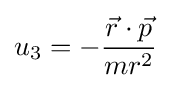
u_{3}=-{\frac {{\vec {r}}\cdot {\vec {p}}}{mr^{2}}}~